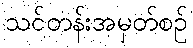
သင်တန်းအမှတ်စဉ်